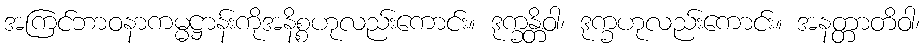
အကြင်ဘာဝနာကမ္မဋ္ဌာန်းကိုအနိစ္စဟုလည်းကောင်း။ ဒုက္ခန္တိဝါ၊ ဒုက္ခဟုလည်းကောင်း။ အနတ္တာတိဝါ၊